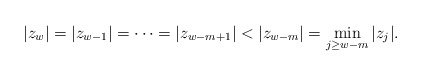
\begin{align*} |z_{w}|=|z_{w-1}|=\cdots=|z_{w-m+1}|<|z_{w-m}|=\min_{j\ge w-m}|z_j|. \end{align*}